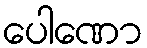
ပေါဏော